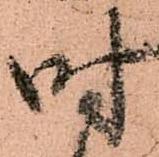
時